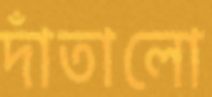
দাঁতালো